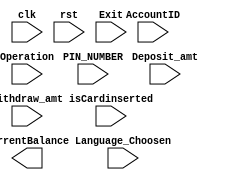
module mainmodule(
    input clk,
    input rst,
    input [3:0] PIN_NUMBER,
    input [3:0] AccountID,
    input [7:0] Deposit_amt,
    input [7:0] Withdraw_amt,
    input [2:0] Operation,
    input Language_Choosen,
    input isCardinserted,
    input Exit,
    output reg [7:0] currentBalance
);

parameter IDLE = 4'b0000;
parameter insertcard = 4'b0001;
parameter Choose_Language = 4'b0010;
parameter EnterPIN = 4'b0011;
parameter chooseOP = 4'b0100;
parameter withdraw = 4'b0101;
parameter deposit = 4'b0110;
parameter transfer = 4'b0111;
parameter Changepin = 4'b1000;
parameter showbalance = 4'b1001;
parameter reset = 4'b1111;

reg [3:0] currentstate;
reg [3:0] nextstate;

reg AuthSucceded;
reg [2:0] opcode; // determine the operations like deposit, withdraw, check balance, transfer...etc

// Account database initialization
reg [3:0] PIN [3:0];
reg [3:0] AccountInfo [3:0];
initial begin
    AccountInfo[0] = 4'b0000; 
    AccountInfo[1] = 4'b0001; 
    AccountInfo[2] = 4'b0010; 
    AccountInfo[3] = 4'b0011; 
    PIN[0] = 4'b0000;
    PIN[1] = 4'b0001;
    PIN[2] = 4'b0010;
    PIN[3] = 4'b0011;
end

always @(posedge clk or posedge rst)
begin
    if (rst)
        currentstate <= reset;
    else
        currentstate <= nextstate;
end

always @(*) begin
    // Default next state
    nextstate = currentstate;

    // FSM logic based on current state
    case (currentstate)
        IDLE: begin
            if (isCardinserted)
                nextstate = insertcard;
        end
        insertcard: begin
            // Logic for insertcard state
            // Check card, move to Choose_Language state, etc.
            nextstate = Choose_Language;
        end
        Choose_Language: begin
            // Logic for Choose_Language state
            // Choose language options, move to EnterPIN state, etc.
            nextstate = EnterPIN;
        end
        // Implement other states similarly
        // Remember to add conditions and state transitions for other states and operations
        EnterPIN: begin
            // Logic for EnterPIN state
            // Transition to other states based on PIN input, etc.
            nextstate = chooseOP;
        end
        chooseOP: begin
            //opcode=Operation;
            //if (opcode==3'b000) nextstate=deposit (example for how to continue )
        end
        deposit: begin
            // Logic for deposit state
            // Process deposit operation
        end
        withdraw: begin
            // Logic for withdraw state
            // Process withdraw operation
        end
        // Implement logic for other states similarly
        // ...
        reset: begin
            // Logic for reset state
            // Resetting the system or initializing variables
        end
        default: begin
            // Default case
            // Handle unexpected conditions or states
        end
    endcase
end

// Other module logic (not part of FSM)
// ...

endmodule